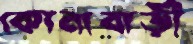
কোনাবাড়ী